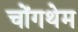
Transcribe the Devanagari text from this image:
चोंगथेम